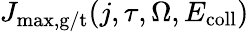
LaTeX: J_{\mathrm{max,g/t}}(j,\tau,\Omega,E_{\mathrm{coll}})